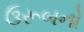
ઉરૂબનો